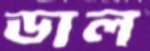
ডাল